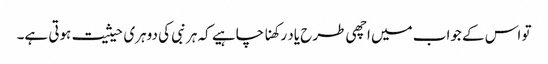
تو اس کے جواب میں اچھی طرح یاد رکھنا چاہیے کہ ہر نبی کی دوہری حیثیت ہوتی ہے۔